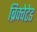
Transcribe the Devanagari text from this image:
ब्रिक्वेटेड